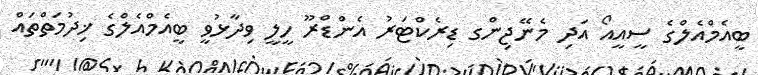
ބީއެމްއެލްގެ ސީއީއޯ އަދި މެނޭޖިންގ ޑިރެކްޓަރު އެންޑްރޫ ހީލީ ވިދާޅުވީ ބީއެމްއެލްގެ ޚިދުމަތްތައް